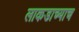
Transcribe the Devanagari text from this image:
लाकडाच्याच